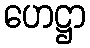
ဟေဋ္ဌာ